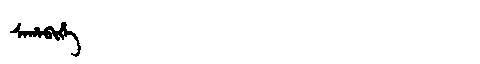
Manchu: ᠰᠠᡥᠠᠪᡳᡥᡝ
Romanization: SAHABIHE